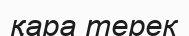
қара терек